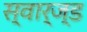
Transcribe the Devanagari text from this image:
स्वार्ज्ड